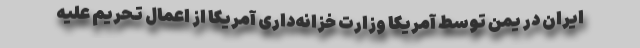
ایران در یمن توسط آمریکا وزارت خزانه‌داری آمریکا از اعمال تحریم علیه